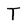
Character: T